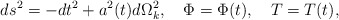
\begin{align*}ds^2=-dt^2+a^2(t)d\Omega^{2}_{k},\quad \Phi=\Phi(t),\quad T=T(t),\end{align*}